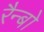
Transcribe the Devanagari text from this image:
रैन्बो